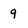
Character: 9